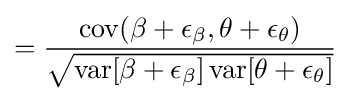
={\frac {\operatorname {cov} (\beta +\epsilon _{\beta },\theta +\epsilon _{\theta })}{\sqrt {\operatorname {var} [\beta +\epsilon _{\beta }]\operatorname {var} [\theta +\epsilon _{\theta }]}}}